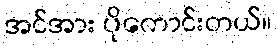
အင်အား ပိုကောင်းတယ်။